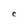
Character: C